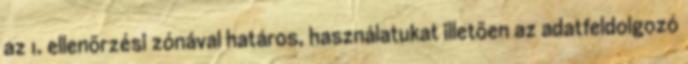
az 1. ellenõrzési zónával határos, használatukat illetõen az adatfeldolgozó